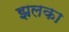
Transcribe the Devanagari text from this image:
झलका